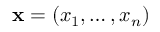
\mathbf { x } = ( x _ { 1 } , \ldots , x _ { n } )